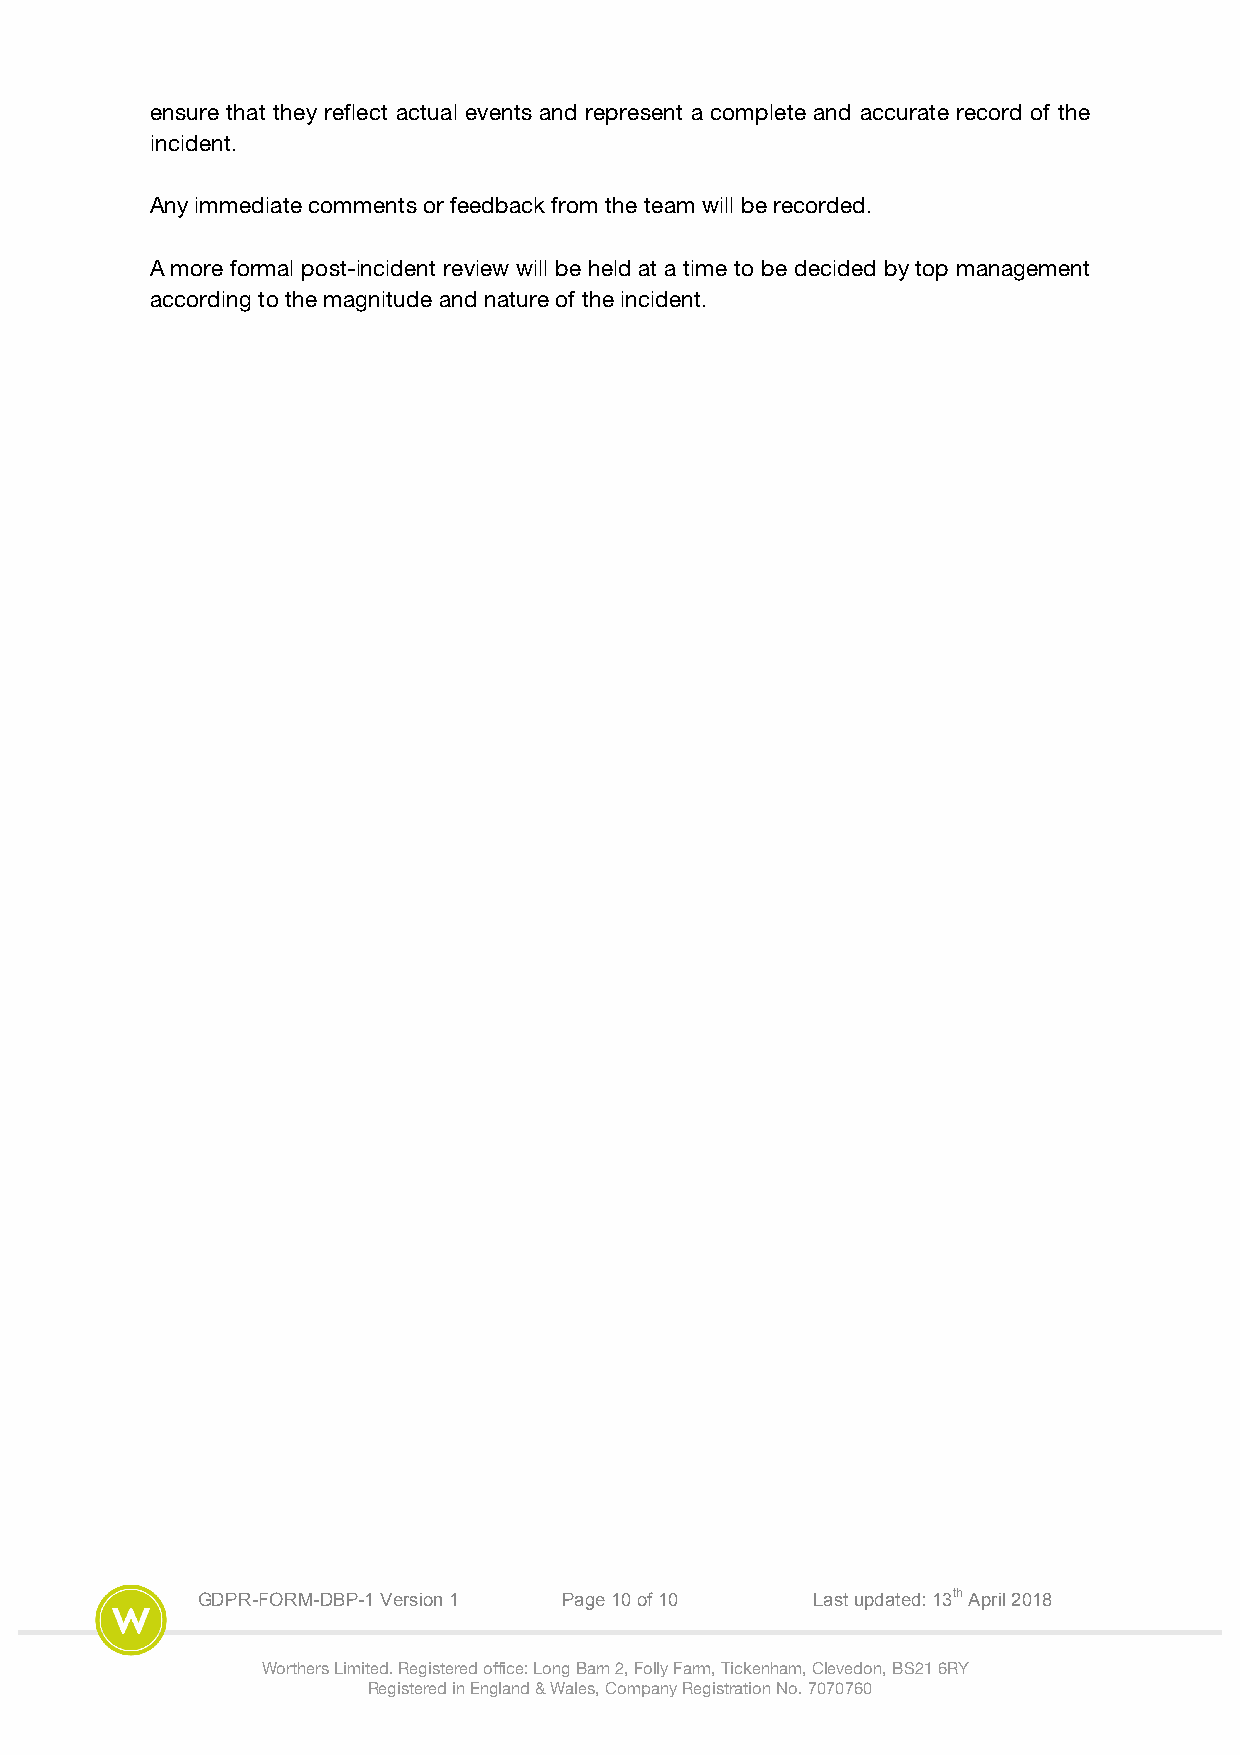
ensure that they reflect actual events and represent a complete and accurate record of the
 incident.
 Any immediate comments or feedback from the team will be recorded.
 A more formal post-incident review will be held at a time to be decided by top management
 according to the magnitude and nature of the incident.
 GDPR-FORM-DBP-1 Version 1 Page 10 of 10  Last updated: 13th April 2018
 Worthers Limited. Registered office: Long Barn 2, Folly Farm, Tickenham, Clevedon, BS21 6RY
 Registered in England & Wales, Company Registration No. 7070760